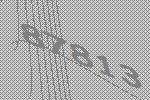
87813